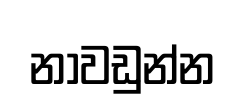
නාවඩුන්න